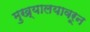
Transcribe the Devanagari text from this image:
मुख्यालयावरून